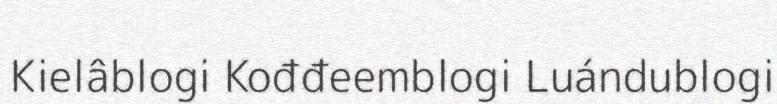
Kielâblogi Kođđeemblogi Luándublogi